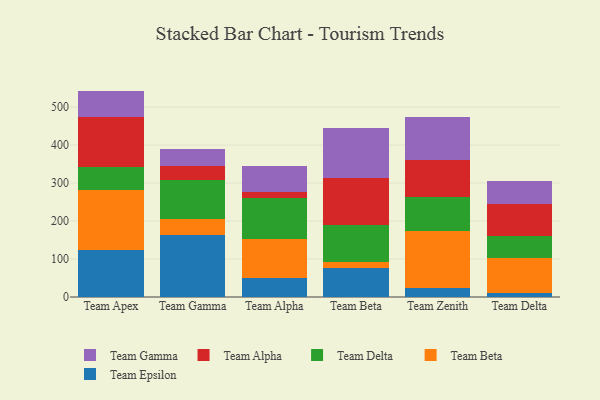
{"axis": {"x": "Team", "y": "Budget (USD K)"}, "legend": ["Team Alpha", "Team Beta", "Team Delta", "Team Epsilon", "Team Gamma"], "data": [{"x": "Team Apex", "y": 123.8, "type": "Team Epsilon"}, {"x": "Team Apex", "y": 159.2, "type": "Team Beta"}, {"x": "Team Apex", "y": 60.0, "type": "Team Delta"}, {"x": "Team Apex", "y": 131.9, "type": "Team Alpha"}, {"x": "Team Apex", "y": 67.8, "type": "Team Gamma"}, {"x": "Team Gamma", "y": 164.2, "type": "Team Epsilon"}, {"x": "Team Gamma", "y": 39.9, "type": "Team Beta"}, {"x": "Team Gamma", "y": 104.0, "type": "Team Delta"}, {"x": "Team Gamma", "y": 36.9, "type": "Team Alpha"}, {"x": "Team Gamma", "y": 45.4, "type": "Team Gamma"}, {"x": "Team Alpha", "y": 48.8, "type": "Team Epsilon"}, {"x": "Team Alpha", "y": 105.0, "type": "Team Beta"}, {"x": "Team Alpha", "y": 107.2, "type": "Team Delta"}, {"x": "Team Alpha", "y": 16.2, "type": "Team Alpha"}, {"x": "Team Alpha", "y": 68.2, "type": "Team Gamma"}, {"x": "Team Beta", "y": 76.6, "type": "Team Epsilon"}, {"x": "Team Beta", "y": 16.2, "type": "Team Beta"}, {"x": "Team Beta", "y": 96.6, "type": "Team Delta"}, {"x": "Team Beta", "y": 124.4, "type": "Team Alpha"}, {"x": "Team Beta", "y": 131.5, "type": "Team Gamma"}, {"x": "Team Zenith", "y": 24.6, "type": "Team Epsilon"}, {"x": "Team Zenith", "y": 149.3, "type": "Team Beta"}, {"x": "Team Zenith", "y": 88.7, "type": "Team Delta"}, {"x": "Team Zenith", "y": 97.4, "type": "Team Alpha"}, {"x": "Team Zenith", "y": 113.4, "type": "Team Gamma"}, {"x": "Team Delta", "y": 10.9, "type": "Team Epsilon"}, {"x": "Team Delta", "y": 92.0, "type": "Team Beta"}, {"x": "Team Delta", "y": 57.1, "type": "Team Delta"}, {"x": "Team Delta", "y": 84.1, "type": "Team Alpha"}, {"x": "Team Delta", "y": 61.6, "type": "Team Gamma"}]}